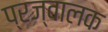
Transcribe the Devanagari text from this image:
प्रज्वालक